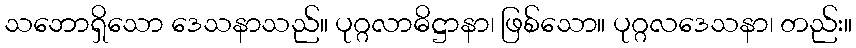
သဘောရှိသော ဒေသနာသည်။ ပုဂ္ဂလာဓိဋ္ဌာနာ၊ ဖြစ်သော။ ပုဂ္ဂလဒေသနာ၊ တည်း။